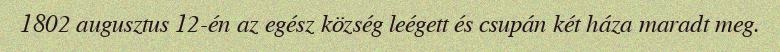
1802 augusztus 12-én az egész község leégett és csupán két háza maradt meg.